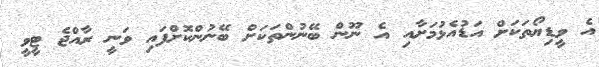
އެ ވީޑިޔޯތަަކަށް އަޑުއެޅުމަށާއި އެ ނޫން ބޭނުންތަކަށް ބޭނުންކޮށްފައި ވަނީ ރާއްޖެ ޓީވީ